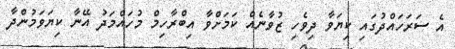
އެ ސަރަހައްދުގައި ކިޔަވާ ދިވެހި ޒުވާނެއް ކަމަށްވާ އިބްރާހިމް މުހައްމަދު އޭނާ ކިޔަވަމުންދާ